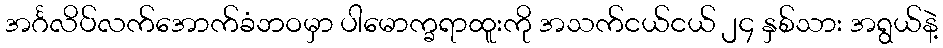
အင်္ဂလိပ်လက်အောက်ခံဘဝမှာ ပါမောက္ခရာထူးကို အသက်ငယ်ငယ် ၂၄ နှစ်သား အရွယ်နဲ့